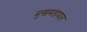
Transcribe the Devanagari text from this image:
मुखमंडपात